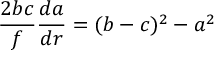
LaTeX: \frac { 2 b c } { f } \frac { d a } { d r } = ( b - c ) ^ { 2 } - a ^ { 2 }